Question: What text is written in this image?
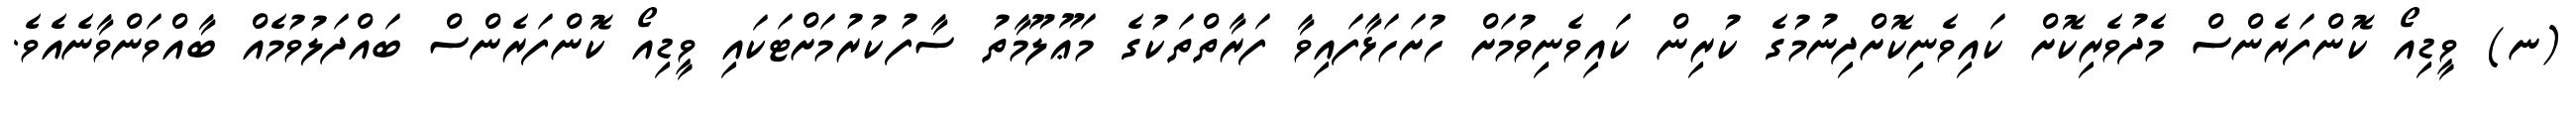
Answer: (ނ) ވީޑިއޯ ކޮންފަރެންސް މެދުވެރިކޮށް ކައިވެނިކޮށްދިނުމުގެ ކުރިން ކައިވެނިވުމަށް ހުށަހަޅާފައިވާ ފަރާތްތަކުގެ މަޢޫލޫމާތު ސާފުކުރުމަށްޓަކައި ވީޑިއޯ ކޮންފަރެންސް ބައްދަލުވުމެއް ބާއްވަންވާނެއެވެ.